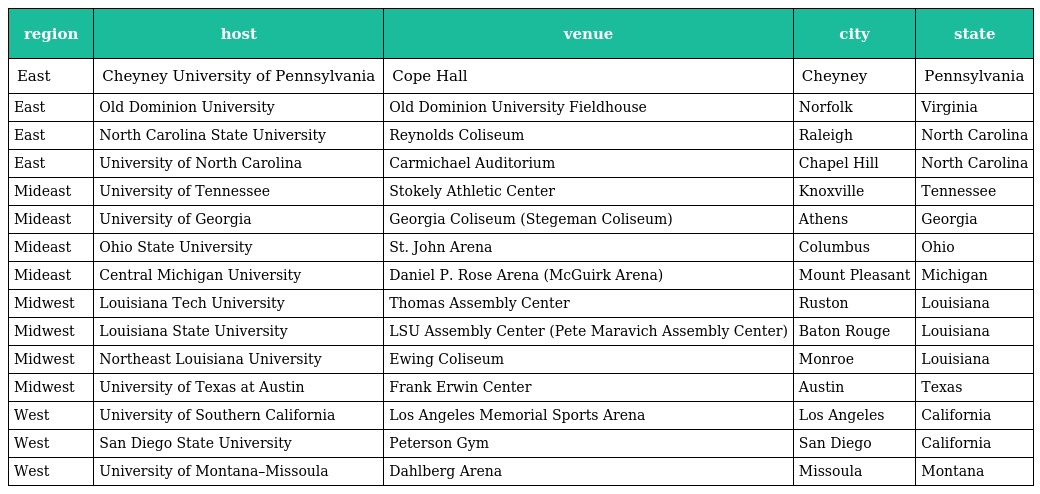
| region | host | venue | city | state |
 | --- | --- | --- | --- | --- |
 | East | Cheyney University of Pennsylvania | Cope Hall | Cheyney | Pennsylvania |
 | East | Old Dominion University | Old Dominion University Fieldhouse | Norfolk | Virginia |
 | East | North Carolina State University | Reynolds Coliseum | Raleigh | North Carolina |
 | East | University of North Carolina | Carmichael Auditorium | Chapel Hill | North Carolina |
 | Mideast | University of Tennessee | Stokely Athletic Center | Knoxville | Tennessee |
 | Mideast | University of Georgia | Georgia Coliseum (Stegeman Coliseum) | Athens | Georgia |
 | Mideast | Ohio State University | St. John Arena | Columbus | Ohio |
 | Mideast | Central Michigan University | Daniel P. Rose Arena (McGuirk Arena) | Mount Pleasant | Michigan |
 | Midwest | Louisiana Tech University | Thomas Assembly Center | Ruston | Louisiana |
 | Midwest | Louisiana State University | LSU Assembly Center (Pete Maravich Assembly Center) | Baton Rouge | Louisiana |
 | Midwest | Northeast Louisiana University | Ewing Coliseum | Monroe | Louisiana |
 | Midwest | University of Texas at Austin | Frank Erwin Center | Austin | Texas |
 | West | University of Southern California | Los Angeles Memorial Sports Arena | Los Angeles | California |
 | West | San Diego State University | Peterson Gym | San Diego | California |
 | West | University of Montana–Missoula | Dahlberg Arena | Missoula | Montana |